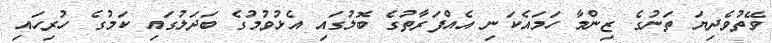
ވޭތުވެދިޔަ ތަނުގެ ޒިންމާ ހަމައެކަނި އެއްފަރާތުގެ ބޮލުގައި އެޅުވުމުގެ ބަދަލުގައި ކަމުގެ ހުރިހައި